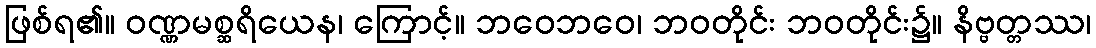
ဖြစ်ရ၏။ ဝဏ္ဏမစ္ဆရိယေန၊ ကြောင့်။ ဘဝေဘဝေ၊ ဘဝတိုင်း ဘဝတိုင်း၌။ နိဗ္ဗတ္တဿ၊